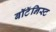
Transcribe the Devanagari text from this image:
बॉटॅनिस्ट